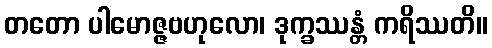
တတော ပါမောဇ္ဇဗဟုလော၊ ဒုက္ခဿန္တံ ကရိဿတိ။